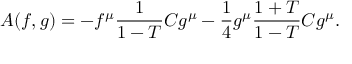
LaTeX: A ( f , g ) = - f ^ { \mu } \frac { 1 } { 1 - T } C g ^ { \mu } - \frac { 1 } { 4 } g ^ { \mu } \frac { 1 + T } { 1 - T } C g ^ { \mu } .